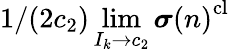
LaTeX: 1/(2c_{2})\operatorname*{lim}_{I_{k}\to c_{2}}\boldsymbol{\sigma}{(n)}^{\mathrm{cl}}